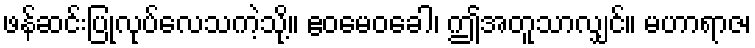
ဖန်ဆင်းပြုလုပ်လေသကဲ့သို့။ ဧဝမေဝခေါ၊ ဤအတူသာလျှင်။ မဟာရာဇ၊